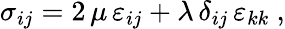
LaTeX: \displaystyle\sigma_{ij}=\displaystyle 2\, \mu\, \varepsilon_{ij}+\lambda\, \delta_{ij}\, \varepsilon_{kk}~,